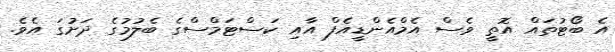
އެ ބޯޓުތައް އޮތީ ވެސް އެމްއެންޑީއެފް އާއި ކަސްޓަމްސްގެ ބެލުމުގެ ދަށުގަ އެވެ.